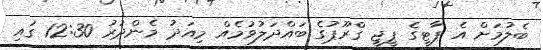
ބެލުމަށް އެ ޕާޓީގެ ޕީޖީ ގްރޫޕުގެ ބައްދަލުވުމެއް މިއަދު މެންދުރު 12:30 ގައި